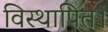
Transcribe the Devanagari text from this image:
विस्थापित।